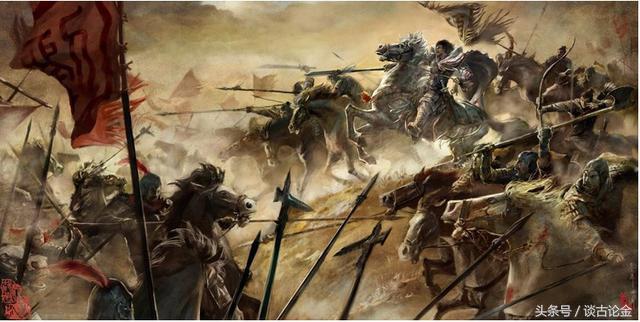
功名万里外，心事一杯中。